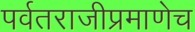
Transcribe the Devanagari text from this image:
पर्वतराजीप्रमाणेच